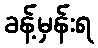
ခန့်မှန်းရ